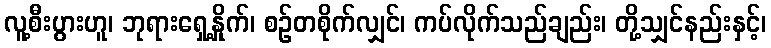
လူ့စီးပွားဟူ၊ ဘုရားရှေ့နှိုက်၊ စဉ်တစိုက်လျှင်၊ ကပ်လိုက်သည်ချည်း၊ တို့သျှင်နည်းနှင့်၊